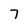
Character: 7